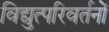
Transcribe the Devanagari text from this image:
विद्युत्परिवर्तनों